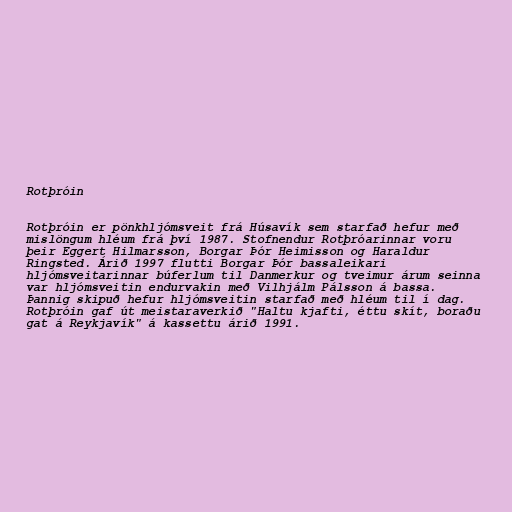
Rotþróin

Rotþróin er pönkhljómsveit frá Húsavík sem starfað hefur með
mislöngum hléum frá því 1987. Stofnendur Rotþróarinnar voru
þeir Eggert Hilmarsson, Borgar Þór Heimisson og Haraldur
Ringsted. Árið 1997 flutti Borgar Þór bassaleikari
hljómsveitarinnar búferlum til Danmerkur og tveimur árum seinna
var hljómsveitin endurvakin með Vilhjálm Pálsson á bassa.
Þannig skipuð hefur hljómsveitin starfað með hléum til í dag.
Rotþróin gaf út meistaraverkið "Haltu kjafti, éttu skít, boraðu
gat á Reykjavík" á kassettu árið 1991.